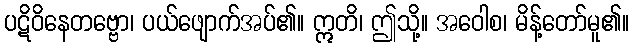
ပဋိဝိနေတဗ္ဗော၊ ပယ်ဖျောက်အပ်၏။ ဣတိ၊ ဤသို့။ အဝေါစ၊ မိန့်တော်မူ၏။